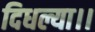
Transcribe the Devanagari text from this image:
दिधल्या।।